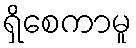
ရှိစေကာမူ